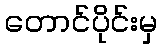
တောင်ပိုင်းမှ